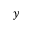
y